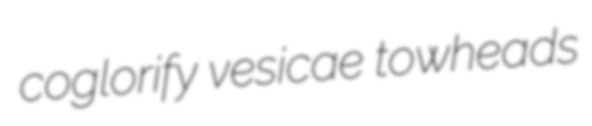
coglorify vesicae towheads